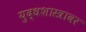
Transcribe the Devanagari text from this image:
युद्धशास्त्रावर